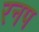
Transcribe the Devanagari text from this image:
रनप